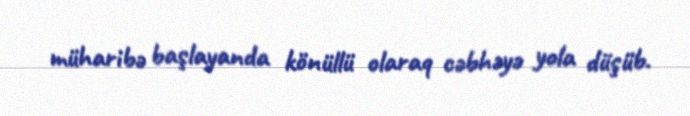
müharibə başlayanda könüllü olaraq cəbhəyə yola düşüb.